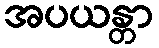
အပယန္တာ